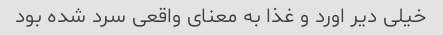
خیلی دیر اورد و غذا به معنای واقعی سرد شده بود